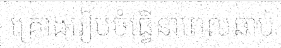
គ្រោងរៀបចំធ្វើនាពេលឆាប់